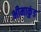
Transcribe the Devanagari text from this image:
भीमाकुंड